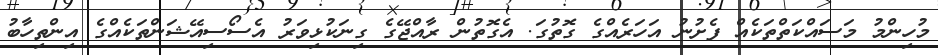
މުހިންމު މަސައްކަތްތަކެއް ފެށުނު އަހަރެއްގެ ގޮތުގަ. އެގޮތުން ރާއްޖޭގެ ގިނަކުޅިވަރު އެސޯސިއޭޝަންތަކެެއްގެ އިންތިހާބު